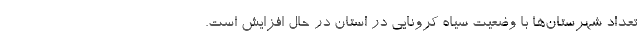
تعداد شهرستان‌ها با وضعیت سیاه کرونایی در استان در حال افزایش است.